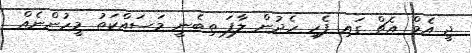
ޖީ އެމް އެޗް ގައި ފެހި ހެދުން ލާފަ ތިބެނީ މަސައްކަތު މީހުންނެއް